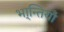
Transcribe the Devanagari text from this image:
भा्न्तियाँ